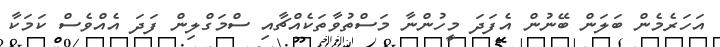
އަހަރެމެން ބަލަން ބޭނުން އެފަދަ މީހުންނާ މަސްތުވާތަކެއްޗާއި ސްމަގްލިން ފަދަ އެއްވެސް ކަމަކާ